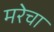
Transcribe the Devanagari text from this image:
मरेचा